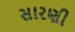
સારણી